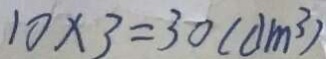
1 0 \times 3 = 3 0 ( d m ^ { 3 } )